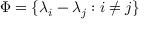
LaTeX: \Phi = \{ \lambda _ { i } - \lambda _ { j } : i \neq j \}